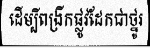
ដើម្បីពង្រីកផ្លូវដែកជាថ្នូរ